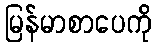
မြန်မာစာပေကို